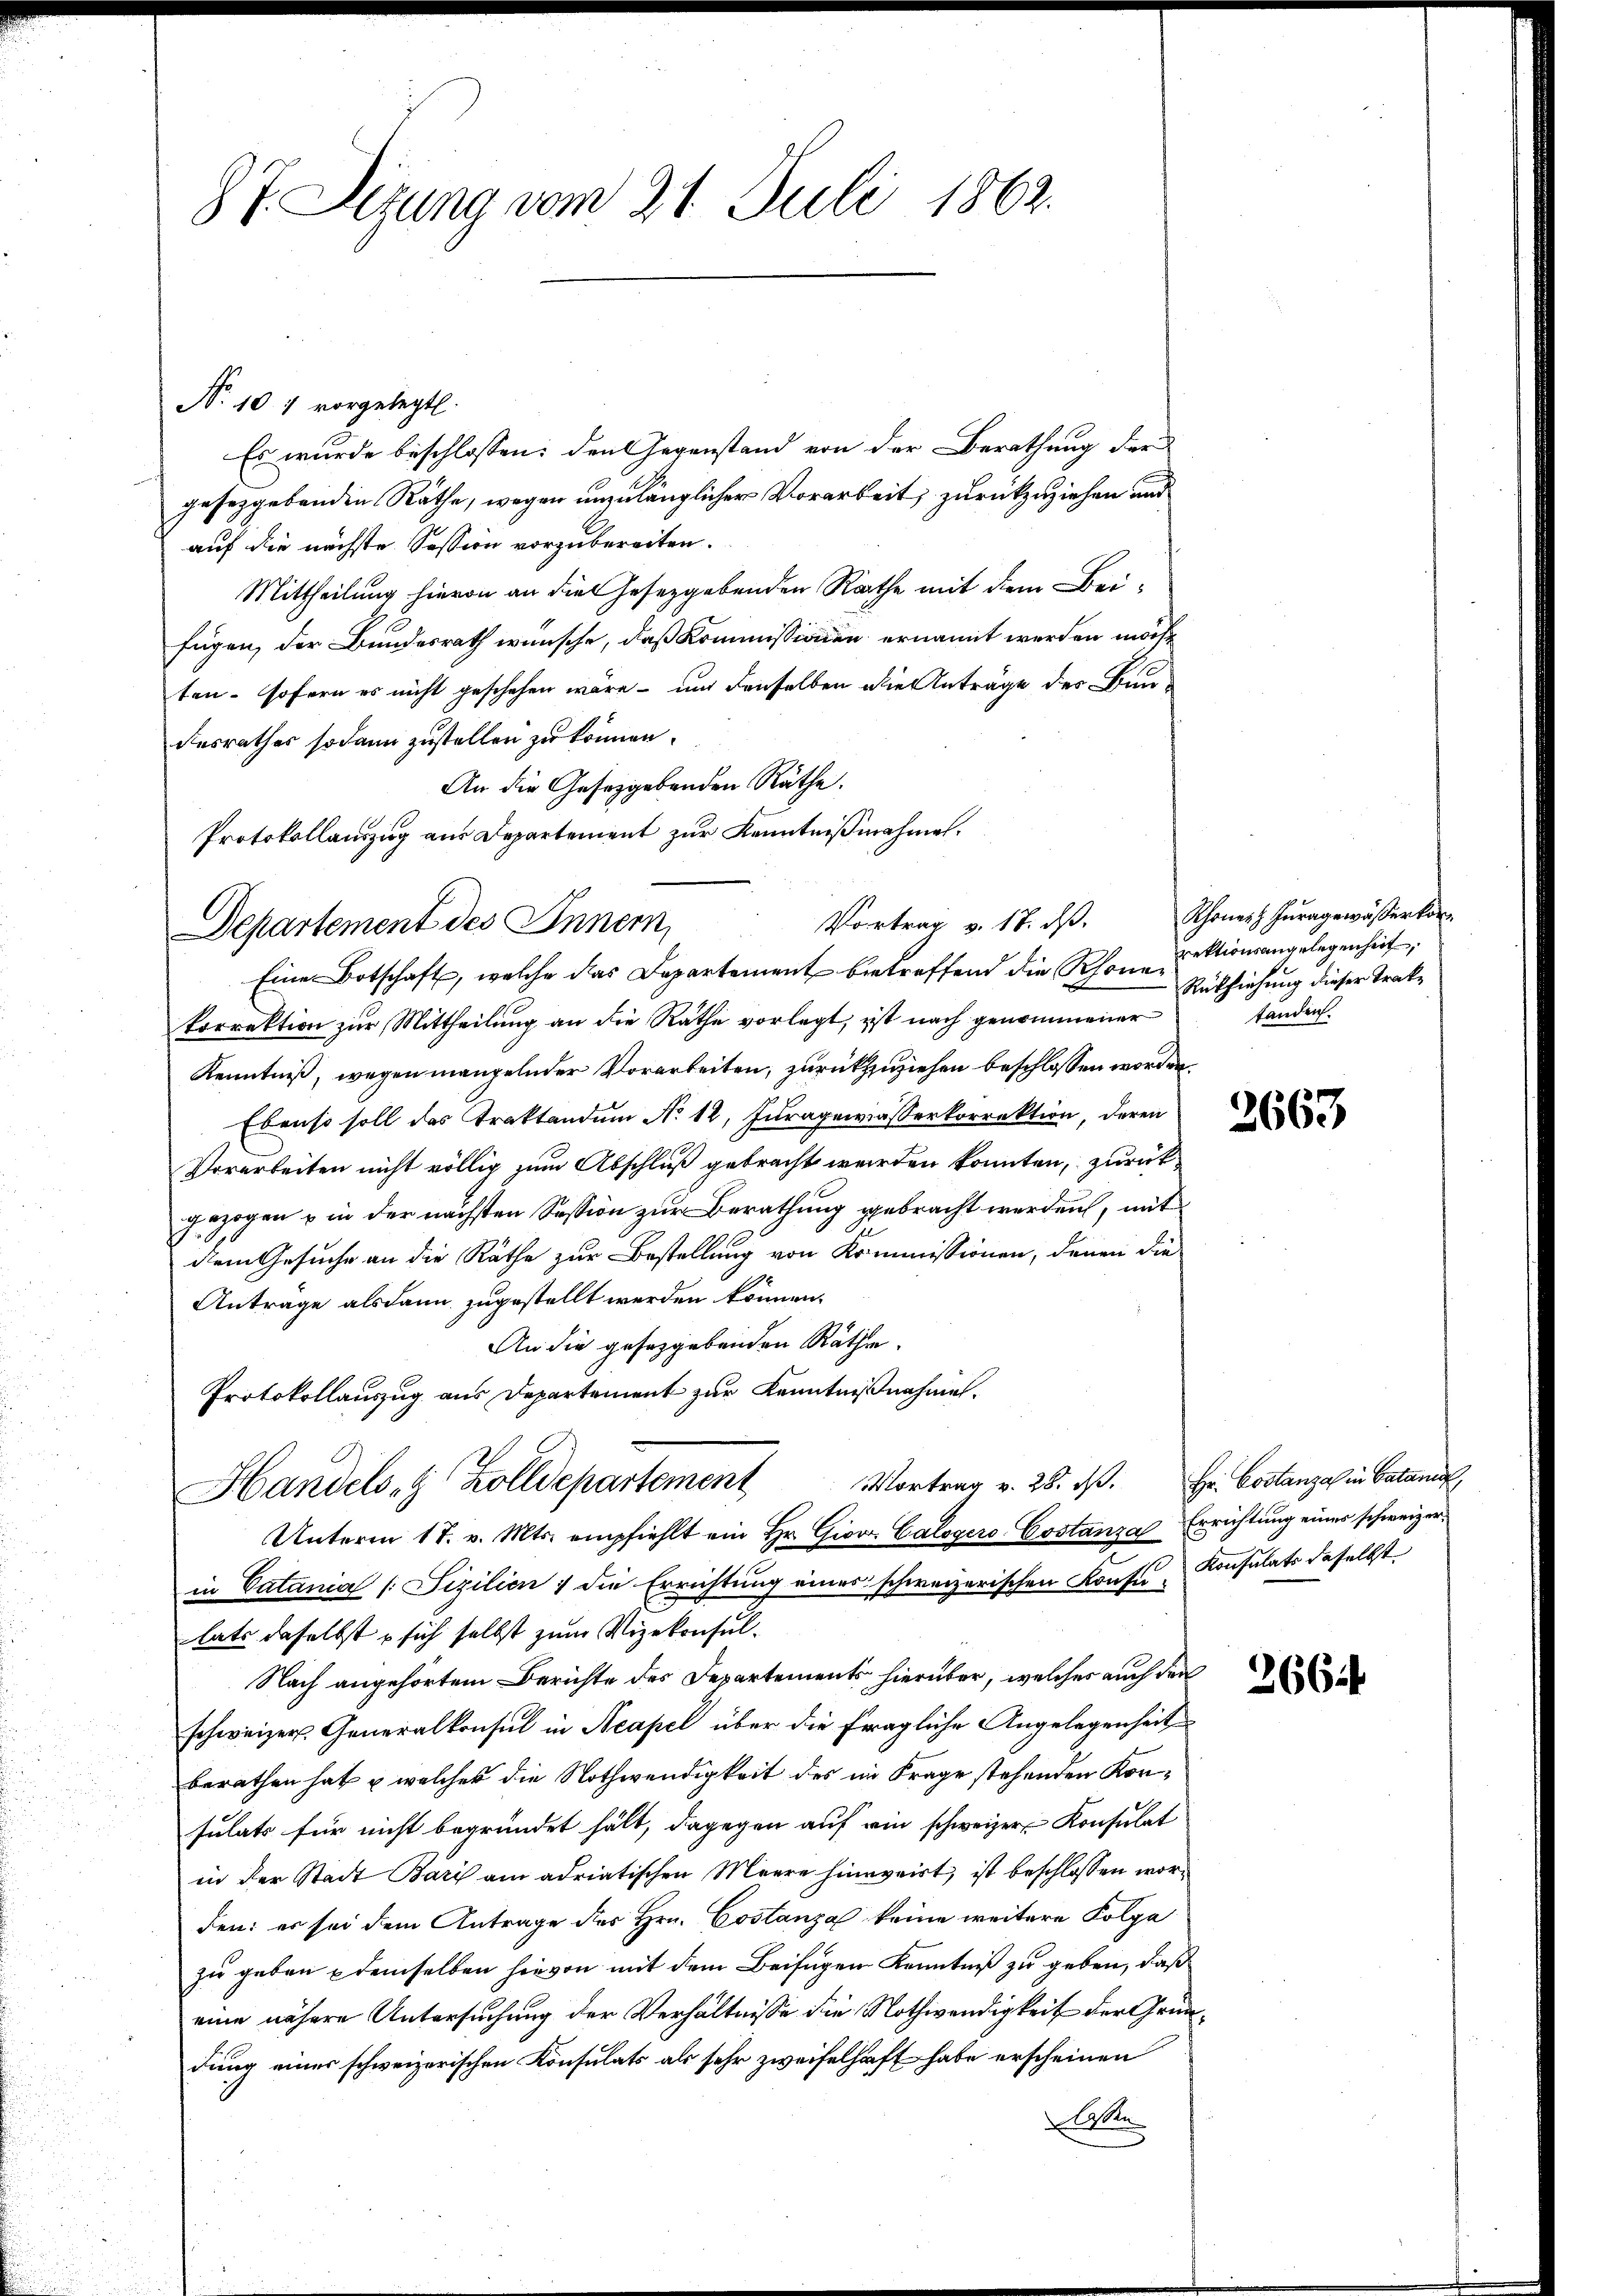
87. Sitzung vom 21. Juli 1862.

N. 101 vorgelegt.
Es wurde beschlossen: den Gegenstand von der Berathung der
geseggebenden Räthe, wegen unzulänglicher Vorarbeit, zurückzuziehen und
auf die nächste Session vorzubereiten.
Mittheilung hievon an die Gesetzgebenden Rathe mit dem Beifügen, der Bundesrath wünsche, daß Kommissionen ernannt werden möcht
ten - sofern es nicht geschehen wäre - und denselben die Anträge des Bau-
desrathes sodann zustellen zu können.
An die Gesetzgebenden Räthe.
Protokollauszug aus Departement zur Kenntnißnahmes¬
Eine Botschaft, welche das Departement betreffend die Rhonekorrektion zur Mittheilung an die Räthe vorlegt, ist nach genommener
Kenntniß, wegen mangelnder Vorarbeiten, zurückzuziehen beschlossen worden.
Ebenso soll das Traktandum No 12. Juragewässerkorrektion, deren
Vorarbeiten nicht völlig zum Abschluß gebracht werden konnten, zurückgezogen u in der nächsten Session zur Berathung gebracht werden, mit
dem Gesuche an die Räthe zur Bestellung von Kommissionen, denen die
Anträge alsdann zugestellt werden können.
An die gesetzgebenden Räthe.
Protokollauszug aus Departement zur Kenntnißnahmen.
Vortrag v. 28. d. Hr. Costanza in Catanic,
Handels- & Zolldepartement
Unterm 17. v. Mts. empfiehlt ein Hr. Giov. CalogeroCostanza Errichtung eines schweizerin Catania /:Sizilien ; die Errichtung eines schweizerischen Konsen Konsulats daselbst
lats daselbst sich selbst zum Vizekonsul¬
Nach angehörtem Berichte des Departements hierüber, welches auch den
schweizer Generalkonsul in Neapel über die fragliche Angelegenheit
berathen hat u welches die Nothwendigkeit des im Frage stehenden Konsulats für nicht begründet hält, dagegen auf ein schweizer Konsulat
in der Stadt Bary am adriatischen Meere hinnveirt, ist beschlossen worden: er sei dem Antrage des Hrn. Costanza keine weitere Kolpa
zu geben demselben hievon mit dem Beifügen Kenntniß zu geben, daß
eine nähere Untersuchung der Verhältnisse die Nothwendigkeit der Gründung einer schweizerischen Konsulats als sehr zweifelhaft habe erscheinen
Alte

Vortrag v. 18. ds.
Departement des Inner

Rhoner Zuragewässerkor
rektionsangelegenheit,
Rückziehung dieser Traktanden.

2663

266f